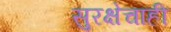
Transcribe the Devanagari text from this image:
सुरक्षेचाही